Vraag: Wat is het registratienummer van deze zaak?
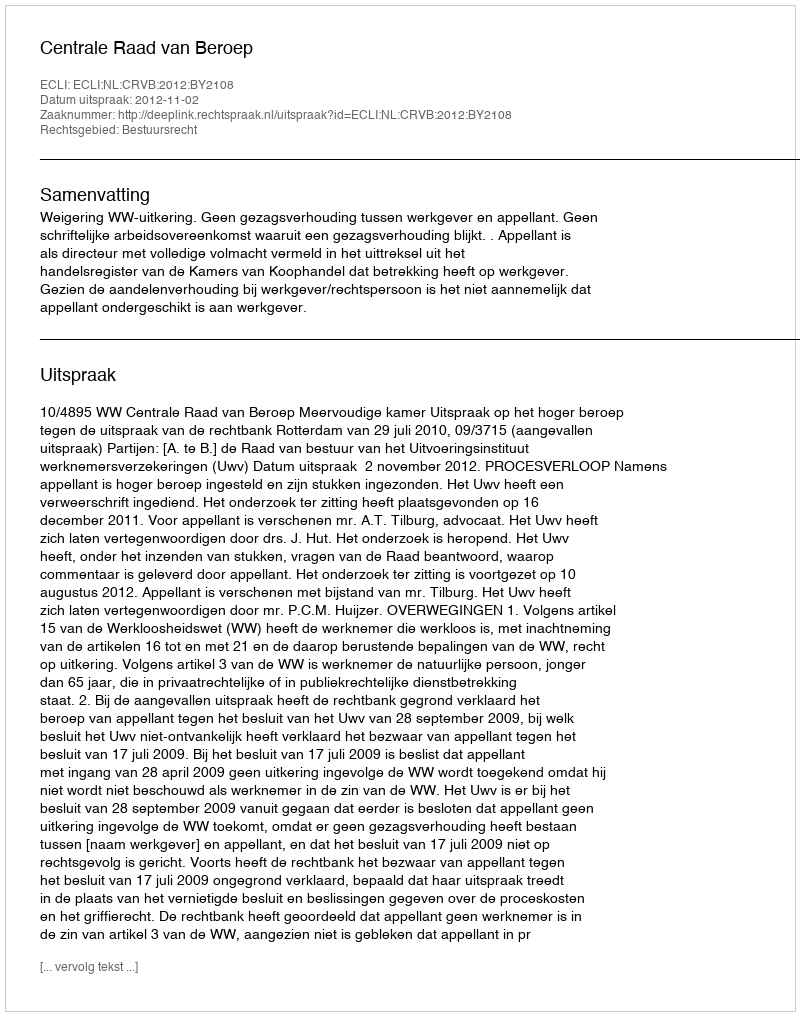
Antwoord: http://deeplink.rechtspraak.nl/uitspraak?id=ECLI:NL:CRVB:2012:BY2108